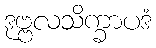
ဒုဗ္ဗလသိက္ခာပဒံ